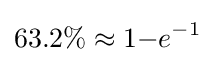
63.2\%\approx 1{-}e^{-1}